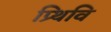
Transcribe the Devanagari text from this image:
प्र्थिवि